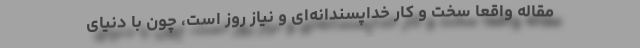
مقاله واقعاً سخت و کار خداپسندانه‌ای و نیاز روز است، چون با دنیای